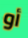
أو